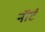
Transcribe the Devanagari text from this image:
नॉर्ट